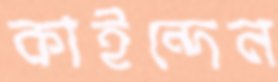
কাইন্দেন